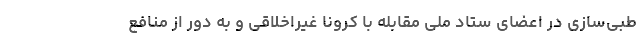
طبی‌سازی در اعضای ستاد ملی مقابله با کرونا غیراخلاقی و به دور از منافع